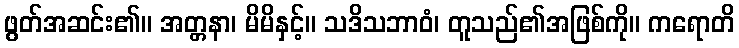
ဖွတ်အဆင်း၏။ အတ္တနာ၊ မိမိနှင့်။ သဒိသဘာဝံ၊ တူသည်၏အဖြစ်ကို။ ကရောတိ